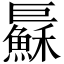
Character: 𢀱